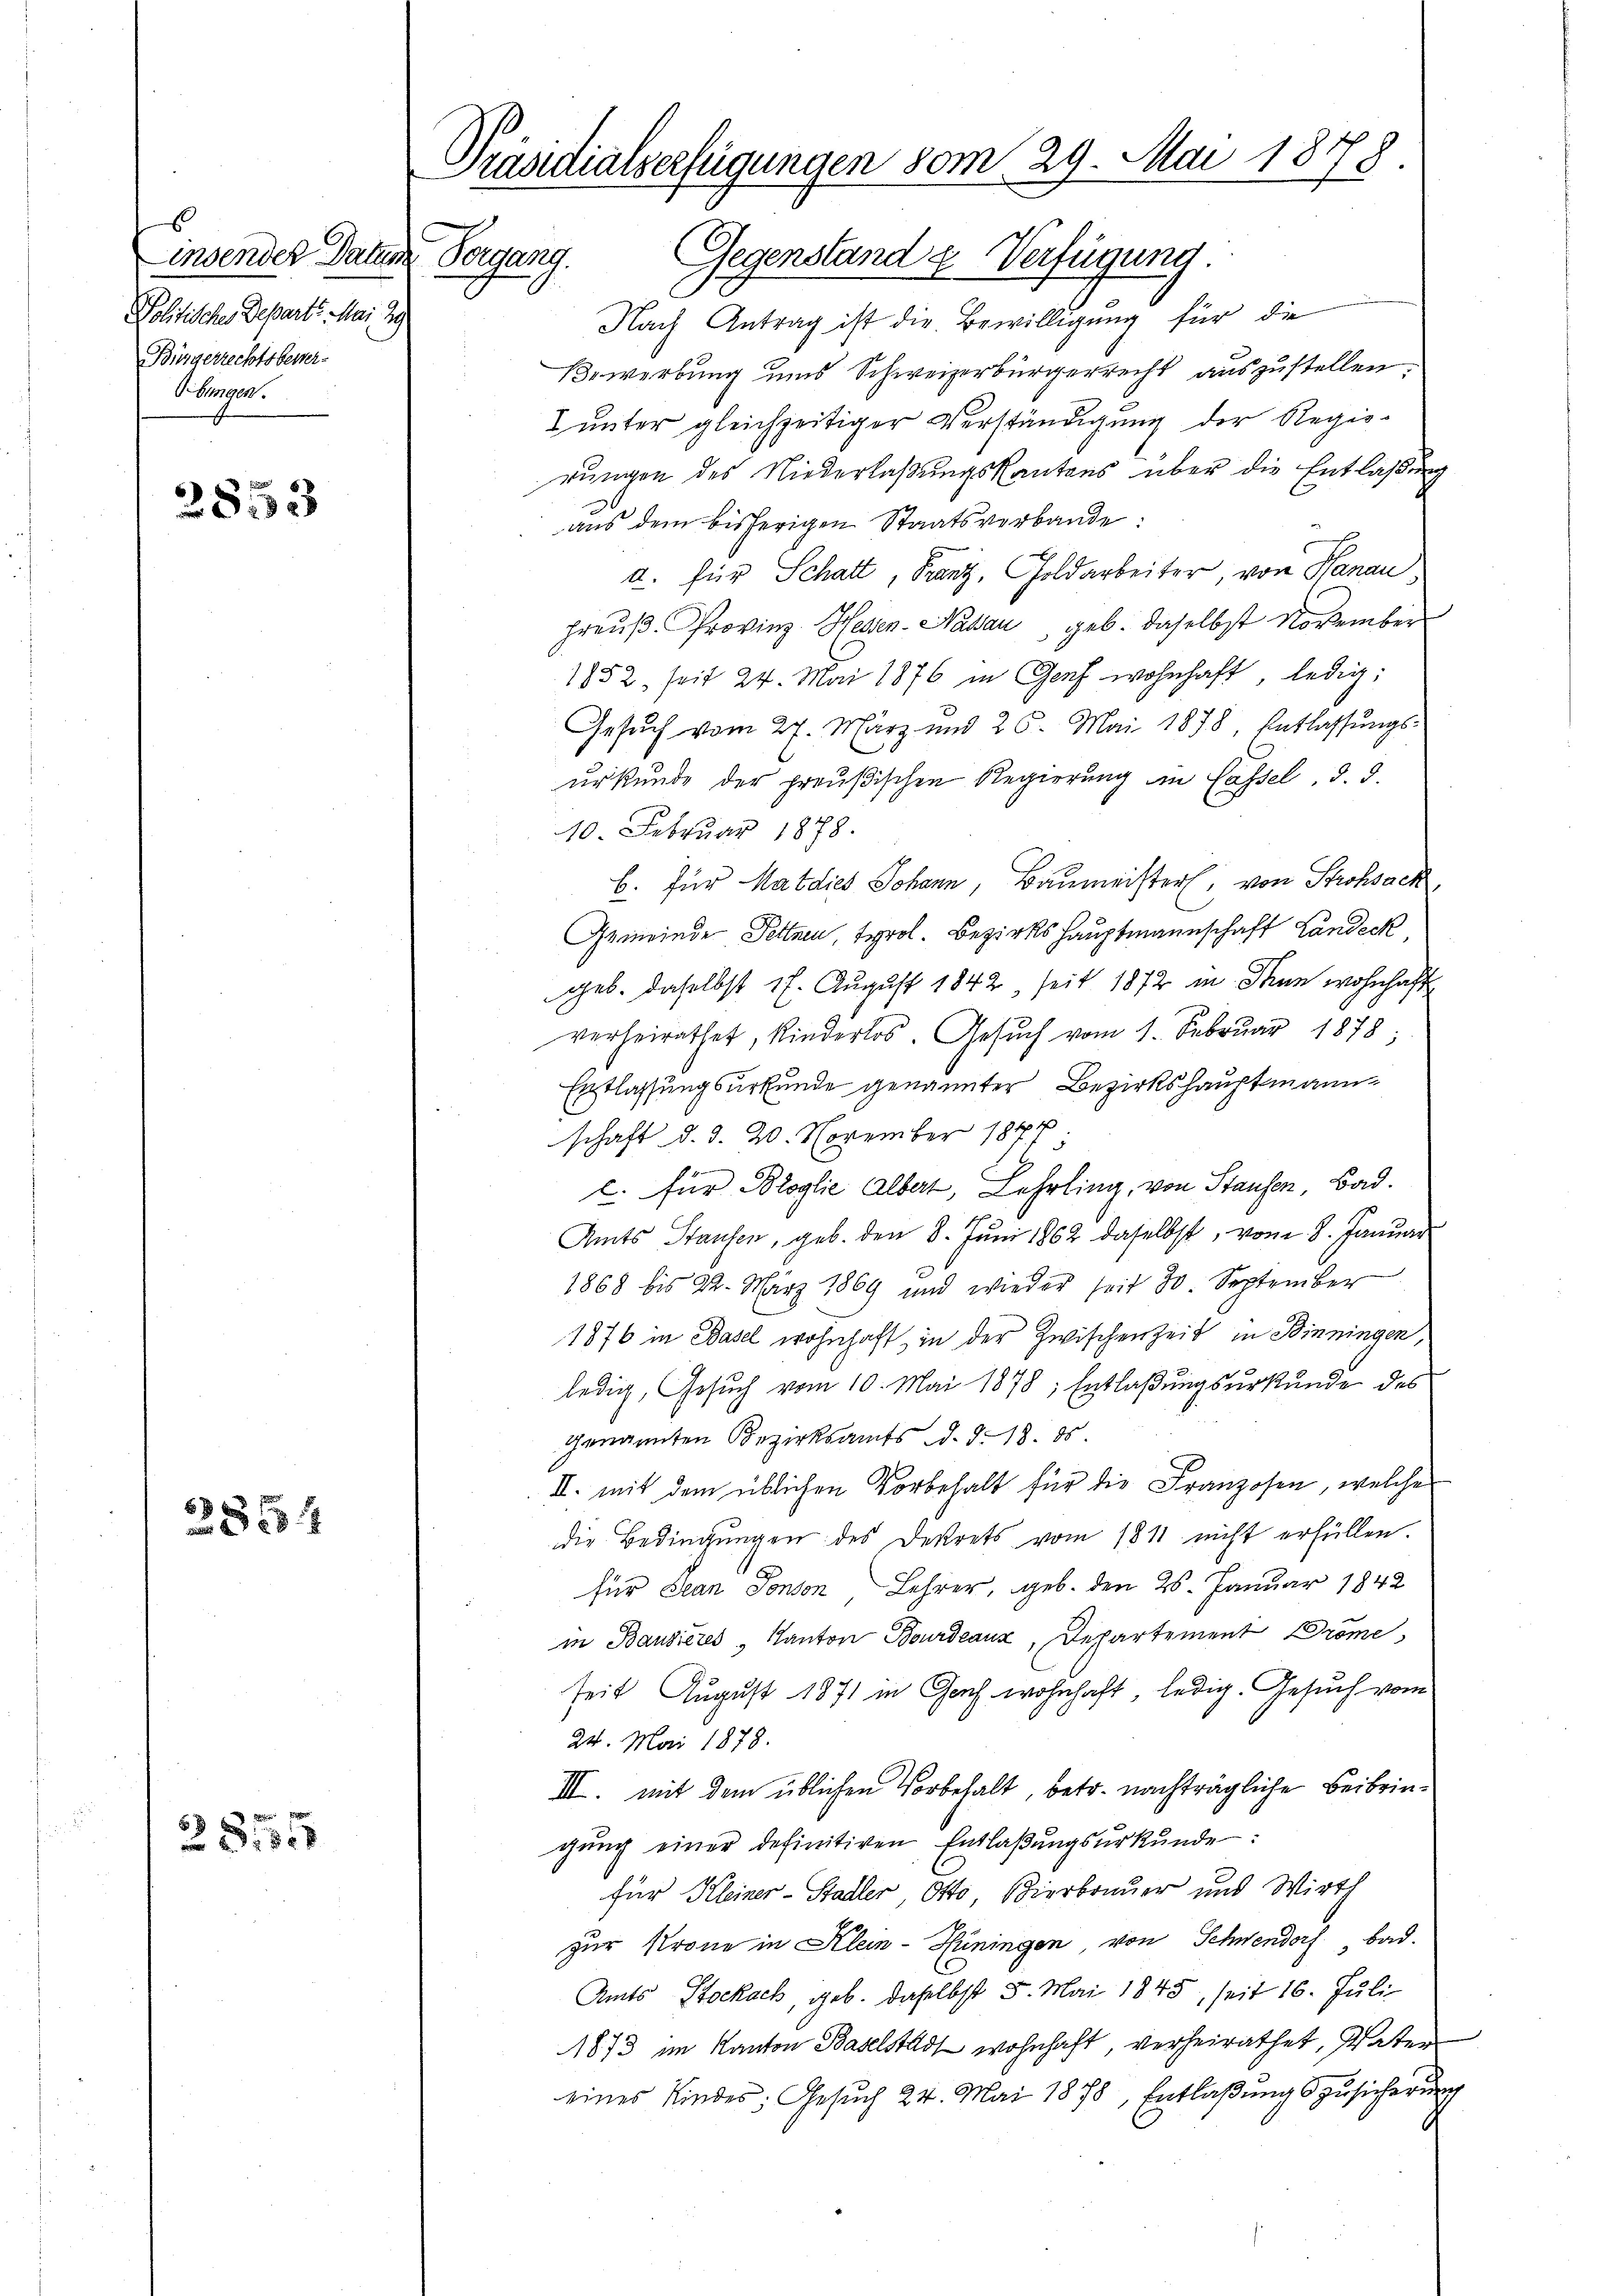
Linsender Datum Vorgang.
Politischen Departe. Mai 29
Bürgerrechtsbewer-
Bbungen.

2853

25554

28.315

Präsidialverfügungen vom 29. Mai 1878
Gegenstand u. Verfügung

Nach Antrag ist die Bewilligung für die
Bewerbung und Schweizerbürgerrecht auszustellen.
& unter gleichzeitiger Verständigung der Regierungen des Niederlaßungskantons über die Entlaßung
aŭs dem bisherigen Staatsverbande:
d. für Schatt, Franz, Goldarbeiter, von Hanau
preuß. Provinz Hessen-Nasau, geb. daselbst November
1852, seit 24. Mai 1876 in Genf wohnhaft, ledig:
Gesuch vom 27. März und 25. Mai 1878, Entlassŭngs-
urkunde der preußischen Regierung in Cassel, d. d.
10. Februar 1878.
B. für Matdies Johann, Baumeister, von Strohsack,
Gemeinde Pettnen, Tyrol. Bezirkshauptmannschaft Landeck
geb. daselbst 17. August 1842, seit 1872 in dann wohnhaft
verheirathet, Kinderlos. Gesŭch vom 1. Febrŭar 1878;
Entlassungsurkunde genannter Bezirkshauptmann
schaft d. d. 20. November 1877
l. für Proglie Albert, Lehrling, von Staufen, Bad.
Amts Stausen, geb. den 8. Juni 1862 daselbst, vom 8. Januar
1868 bis 22. März 1869 und wieder seit 30. September
1876 in Basel wohnhaft, in der Zwischenzeit in Binningen,
ledig, Gesŭch vom 10. Mai 1878; Entlaßungsurkunde des
Genannten Bezirksamts, d. d. 18. ds
II. mit dem üblichen Vorbehalt für die Franzosen, welche
die Bedingungen des Dekrets vom 1811 nicht erfüllen.
A
für Jean Tonson Lehrer, geb. den 26. Januar 1842
in Bausieres Kanton Bourdeaux, Departement Dröme
seit August 1871 in Gach wohnhaft ledig. Gesuch vom
24. Mai 1878.
III. mit dem üblichen Vorbehalt, betr. nachträgliche Beibringŭng einer definitiven Entlaβŭngsŭrkŭnde:
für Kleiner-Stadler, Otto, Bierbonuer und Wirth
zur strone in Klein-Hüningen von Schwendorf Bad.
Amts Stockach, geb. daselbst 5. Mai 1845, seit 16. Juli
1873 im Kanton Baselstadt wohnhaft, verheirathet, Vater
eines Kindes Gesŭch 24. Mai 1878, Entlaβŭng zusicherŭng